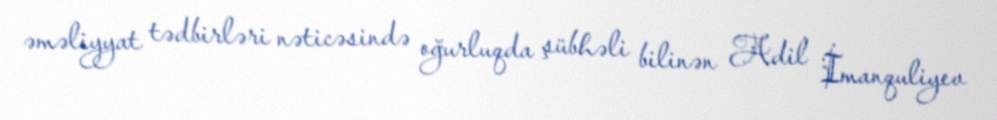
əməliyyat tədbirləri nəticəsində oğurluqda şübhəli bilinən Adil İmanquliyev